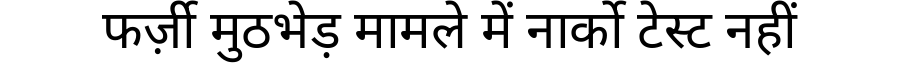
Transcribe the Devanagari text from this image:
फर्ज़ी मुठभेड़ मामले में नार्को टेस्ट नहीं